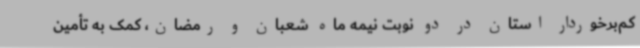
کم‌برخوردار استان در دو نوبت نیمه ماه شعبان و رمضان، کمک به تأمین